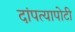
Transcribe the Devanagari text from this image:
दांपत्यापोटी